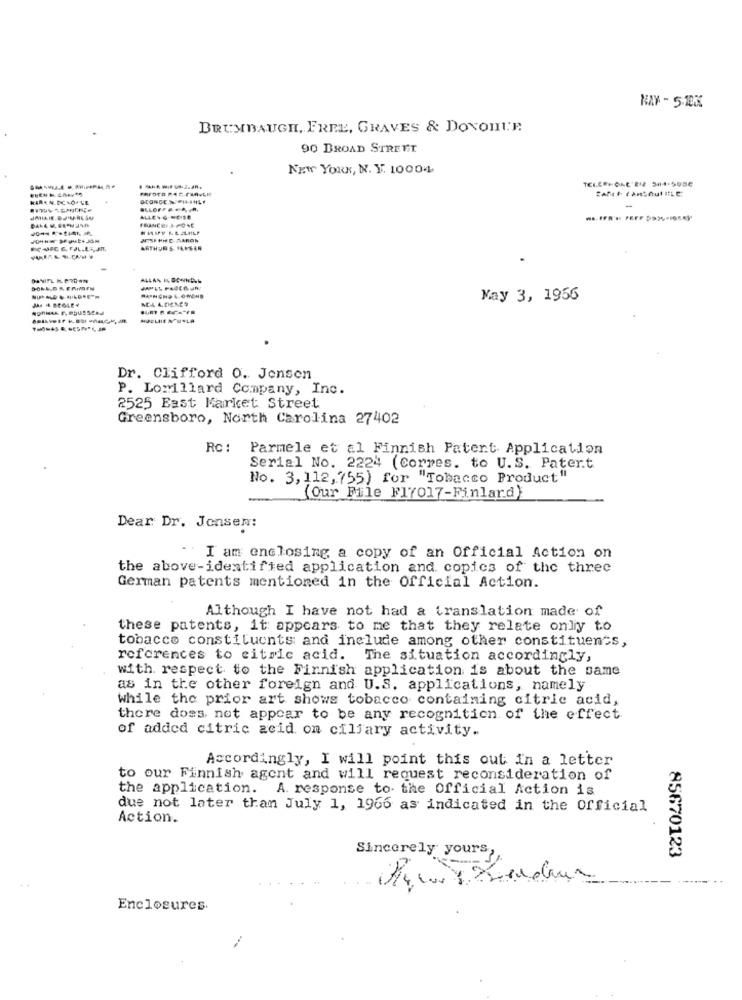
NAV - 5.10%
BRUMBAUGH, FREE, GRAVES & DONOHUE
90 BROAD STREET
NEW YORK, N. Y. 10004.
--
FRANCEr &FONE
ARTHUR S. IAREAS
JA. .. BEOLE4
May 3, 1956
PUBLIIE NOUSLA
Dr. Clifford O. Jensen
P. Lorillard Company, Inc.
2525 East Market Street
Greensboro, North Carolina 27402
Rc: Parmele et al Finnish Patent Application
Serial No. 2224 (Corres. to U.S. Patent
No. 3, 112,755) for "Tobacco Product"
(Our File F17017-Finlard)
Dear Dr. Jensem:
I am enclosing a copy of an Official Action on
the above-identified application and copics of the three
German patents mentioned in the Official Action.
Although I have not had a translation made of
these patents, it appears to me that they relate only to
tobacco constituents and include among other constituents,
references to citric acid. The situation accordingly,
with respect to the Finnish application is about the same
as in the other foreign and U.S. applications, namely
while the prior art shows tobacco containing citric acid,
there does not appear to be any recognition of the effect
of added citric acid on ciliary activity.
Accordingly, I will point this out in a letter
to our Finnish agent and will request reconsideration of
the application. A. response to the Official Action is
due not later than July 1, 1966 as indicated in the Official
Action.
Sincerely yours,
85670123
Enclosures.